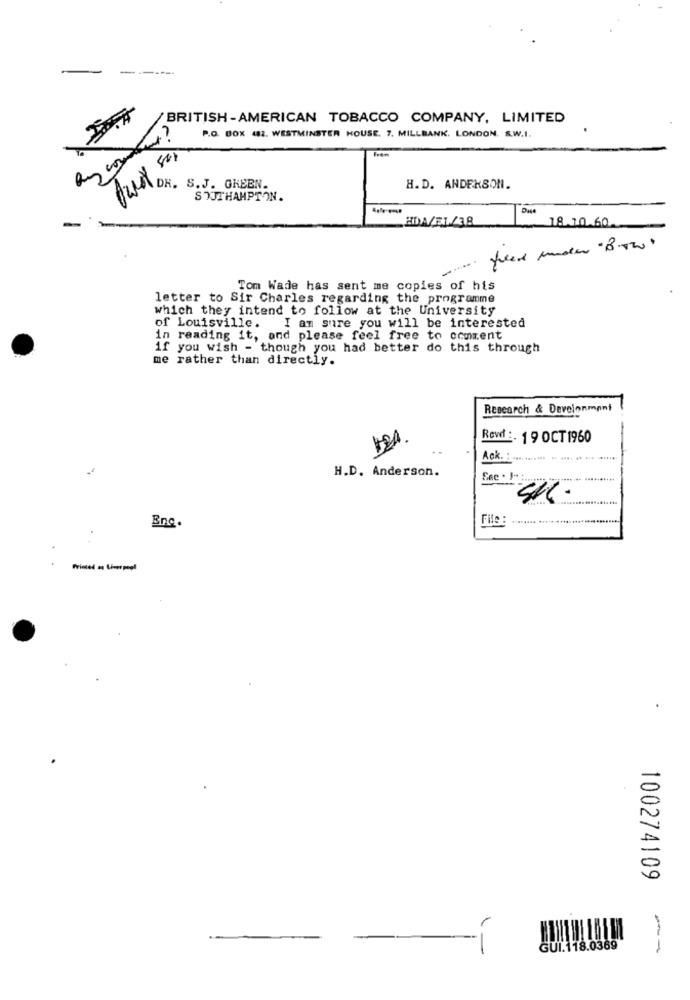
-
-
BRITISH -AMERICAN TOBACCO COMPANY, LIMITED
P.O. BOX 482. WESTMINSTER HOUSE. 7. MILLBANK. LONDON. S.W.I.
DR. S.J. GHEEN.
H.D. ANDERSON.
SOUTHAMPTON.
Dase
-
HDA/31/38
18.10.60
filed muster "8-82.
Tom Wade has sent me copies of his
letter to Sir Charles regarding the programme
which they intend to follow at the University
I am sure you will be interested
of Louisville.
in reading it, and please feel free to comment
if you wish - though you had better do this through
me rather than directly.
Research & Deveinnmant
Revit :. 19 OCT 1960
Ack. . .... ....... .. .....
H.D. Anderson.
File :
.......
Enc.
Printed as Liverpool
100274109
GUI.118.0369
--